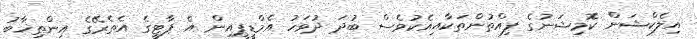
އިލެކްޝަން ކޮމިޝަނުގެ ފިއްތުންތަކާއިއެކުވެސް ބުދަ ދުވަހު އެމްޑީޕީއިން އެ ޕާޓީގެ އެތެރޭގެ އިންތިޚާބު